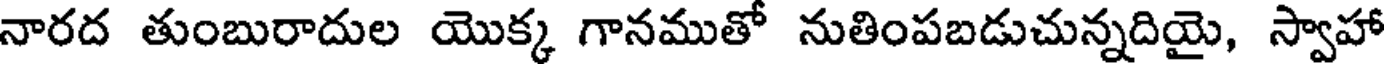
నారద తుంబురాదుల యొక్క గానముతో నుతింపబడుచున్నదియై, స్వాహా